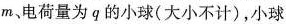
m、电荷量为q的小球(大小不计)，小球